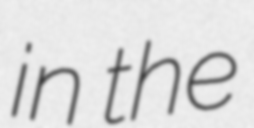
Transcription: in the